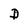
Character: D